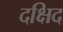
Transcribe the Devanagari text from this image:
दक्षिद